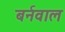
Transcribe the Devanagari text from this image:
बर्नवाल